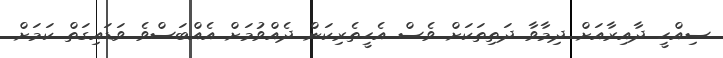
ސިއްހީ ދާއިރާއަށް ދިމާވާ ދަތިތަކަށް ވެސް އެހީތެރިކަން ދެއްވުމަށް އެއްބަސްވެ ވަޑައިގަތް ކަމަށް